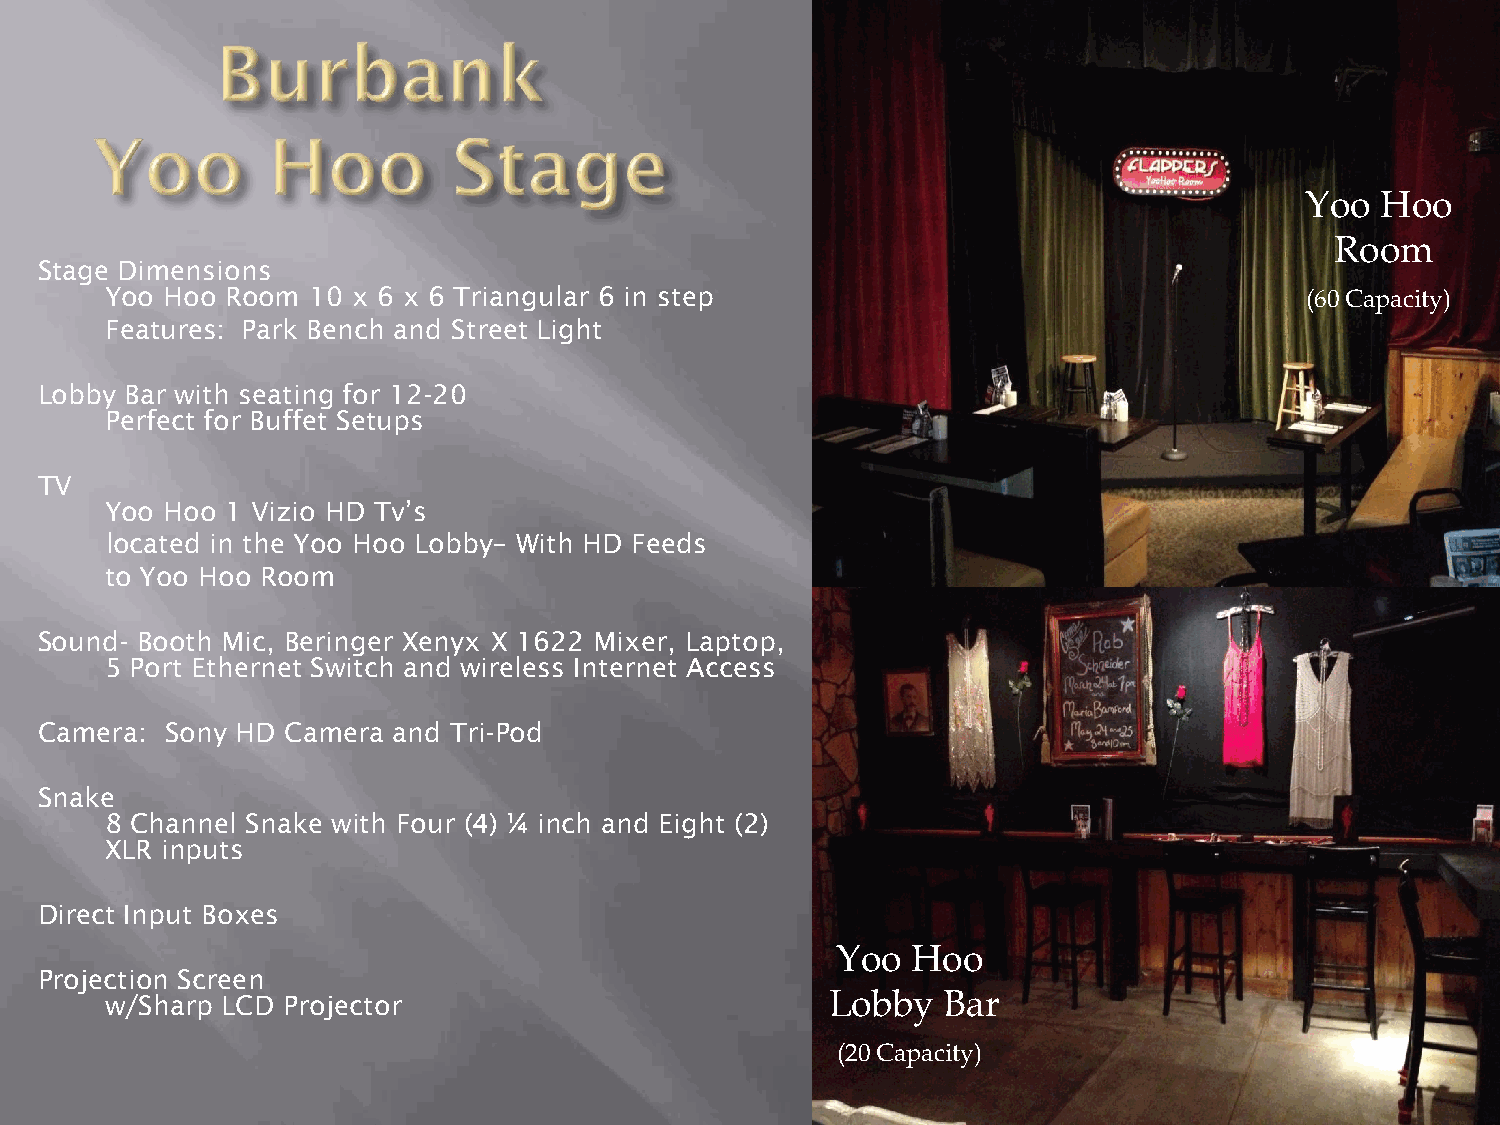
Yoo  Hoo
 Room
 Stage Dimensions
 Yoo Hoo Room 10 x 6 x 6 Triangular 6 in step                                   (60 Capacity)
 Features: Park Bench and Street Light
 Lobby Bar with seating for 12-20
 Perfect for Buffet Setups
 TV
 Yoo Hoo 1 Vizio HD Tv’s
 located in the Yoo Hoo Lobby– With HD Feeds
 to Yoo Hoo Room
 Sound- Booth Mic, Beringer Xenyx X 1622 Mixer, Laptop,
 5 Port Ethernet Switch and wireless Internet Access
 Camera:  Sony HD Camera and Tri-Pod
 Snake
 8 Channel Snake with Four (4) ¼ inch and Eight (2)
 XLR inputs
 Direct Input Boxes
 Yoo  Hoo
 Projection Screen
 w/Sharp LCD Projector                           Lobby  Bar
 (20 Capacity)